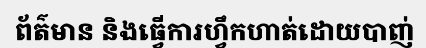
ព័ត៌មាន និងធ្វើការហ្វឹកហាត់ដោយបាញ់